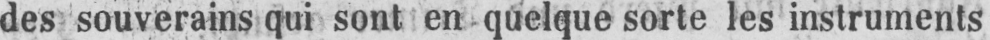
des souverains qui sont en quelque sorte les instruments